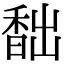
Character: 䭯